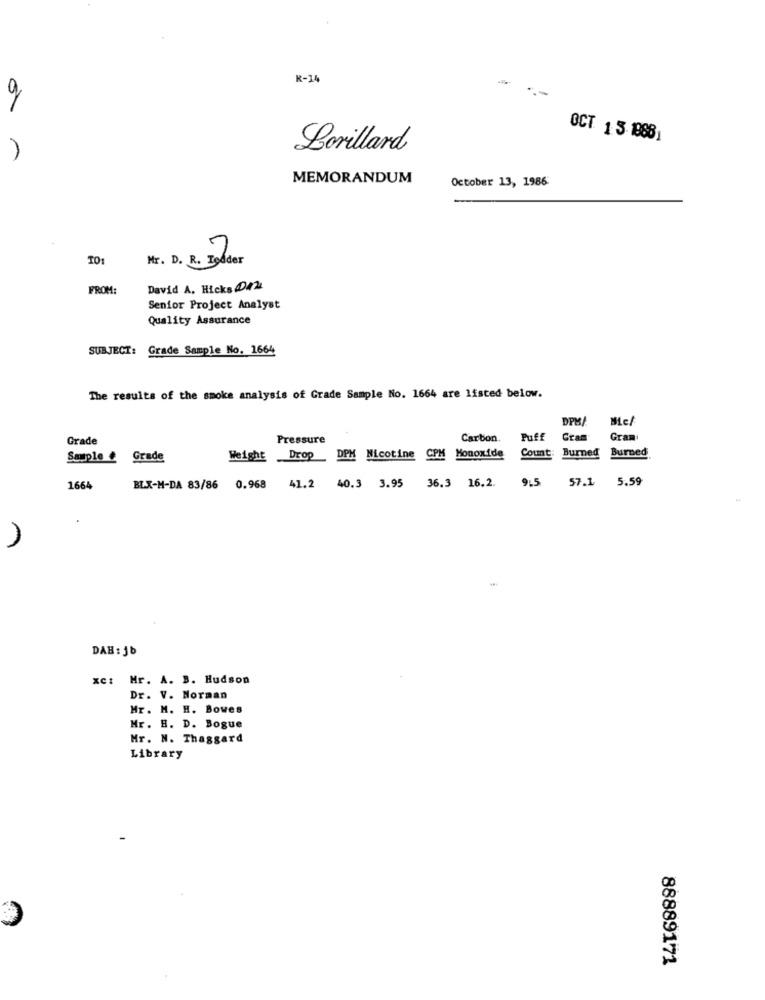
K-14
OCT 1 5.18881
Lorillard
MEMORANDUM
October 13, 1986
TO:
Mr. D. R. Iodder
FROM:
David A. Hicks 012
Senior Project Analyst
Quality Assurance
SUBJECT: Grade Sample No. 1664
The results of the smoke analysis of Grade Sample No. 1664 are listed below.
DPM/
Grade
Pressure
Carbon.
Puff
Cram
Gram
Burned
Sample # Grade
Weight
Drop DPM Nicotine CPM Monoxide
Count:
Burned
BLX-M-DA 83/86 0.968 41.2 40.3 3.95 36.3 16.2.
9:5
57.1
5.59
1664
)
DAH : Jb
xc: Mr. A. B. Hudson
Dr. V. Norman
Mr. H. H. Bowes
Mr. H. D. Bogue
Mr. N. Thaggard
Library
88889171